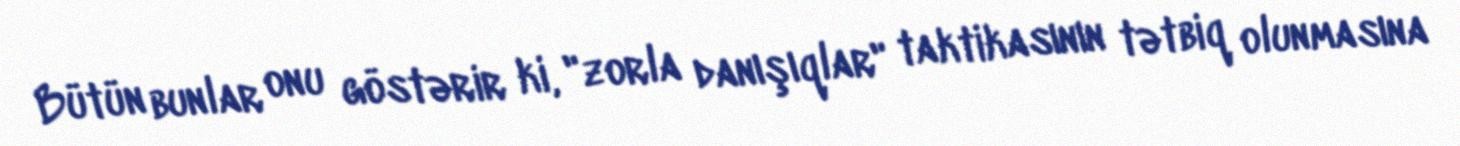
Bütün bunlar onu göstərir ki, "zorla danışıqlar" taktikasının tətbiq olunmasına